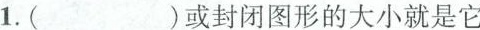
1.( )或封闭图形的大小就是它